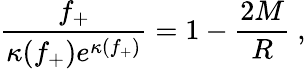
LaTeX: \frac{f_{+}}{\kappa(f_{+})e^{\kappa(f_{+})}}=1-\frac{2M}{R}\ ,